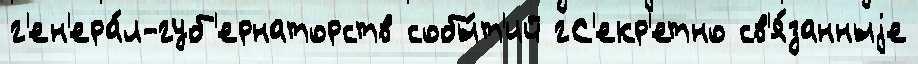
г'ен'ера́л-губ'ернаторств собы́т'ий гС'екр'етно св'я́занныjе